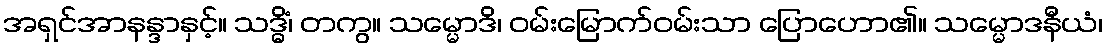
အရှင်အာနန္ဒာနှင့်။ သဒ္ဓိံ၊ တကွ။ သမ္မောဒိ၊ ဝမ်းမြောက်ဝမ်းသာ ပြောဟော၏။ သမ္မောဒနီယံ၊